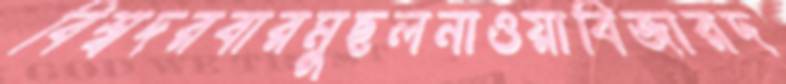
বিশ্বদরবারমুছলনাওয়াবিজারদ